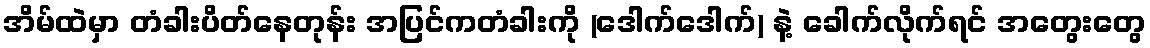
အိမ်ထဲမှာ တံခါးပိတ်နေတုန်း အပြင်ကတံခါးကို (ဒေါက်ဒေါက်) နဲ့ ခေါက်လိုက်ရင် အတွေးတွေ